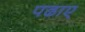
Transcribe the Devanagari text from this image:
पढाए